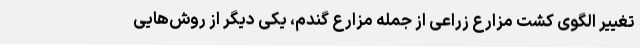
تغییر الگوی کشت مزارع زراعی از جمله مزارع گندم، یکی دیگر از روش‌هایی